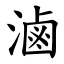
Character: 滷